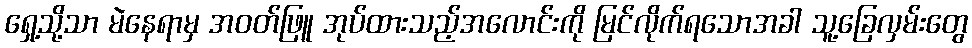
ရှေ့သို့သာ မဲနေရာမှ အဝတ်ဖြူ အုပ်ထားသည့်အလောင်းကို မြင်လိုက်ရသောအခါ သူ့ခြေလှမ်းတွေ